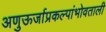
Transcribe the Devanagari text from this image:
अणुऊर्जाप्रकल्पांभोवताली